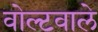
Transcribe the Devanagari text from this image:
वोल्टवाले